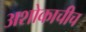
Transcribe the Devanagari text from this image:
अशोकाचीच